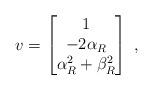
LaTeX: \begin{align*}v = \begin{bmatrix}1 \\ -2 \alpha_R \\ \alpha_R^2 + \beta_R^2\end{bmatrix} \;,\end{align*}